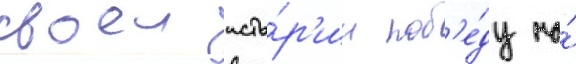
своеи исто́р'ии поб'е́ду на́